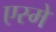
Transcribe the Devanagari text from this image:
एस्मे